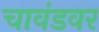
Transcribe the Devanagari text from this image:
चावंडवर